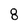
Character: 8